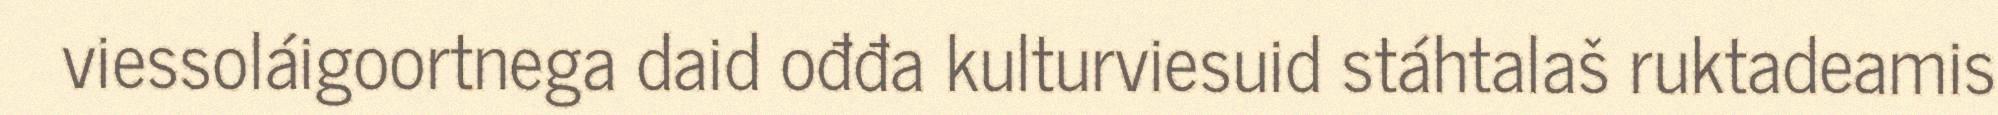
viessoláigoortnega daid ođđa kulturviesuid stáhtalaš ruktadeamis